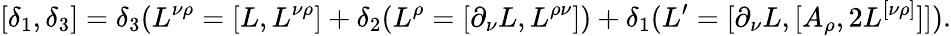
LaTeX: [\delta_{1},\delta_{3}]=\delta_{3}(L^{\nu\rho}=[L,L^{\nu\rho}]+\delta_{2}(L^{\rho}=[\partial_{\nu}L,L^{\rho\nu}])+\delta_{1}(L^{\prime}=[\partial_{\nu}L,[A_{\rho},2L^{[\nu\rho]}]]).